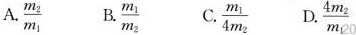
A.\frac{m_{2}}{m_{1}}